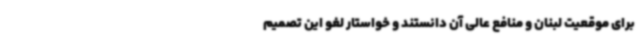
برای موقعیت لبنان و منافع عالی آن دانستند و خواستار لغو این تصمیم